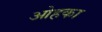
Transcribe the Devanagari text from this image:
ओहका